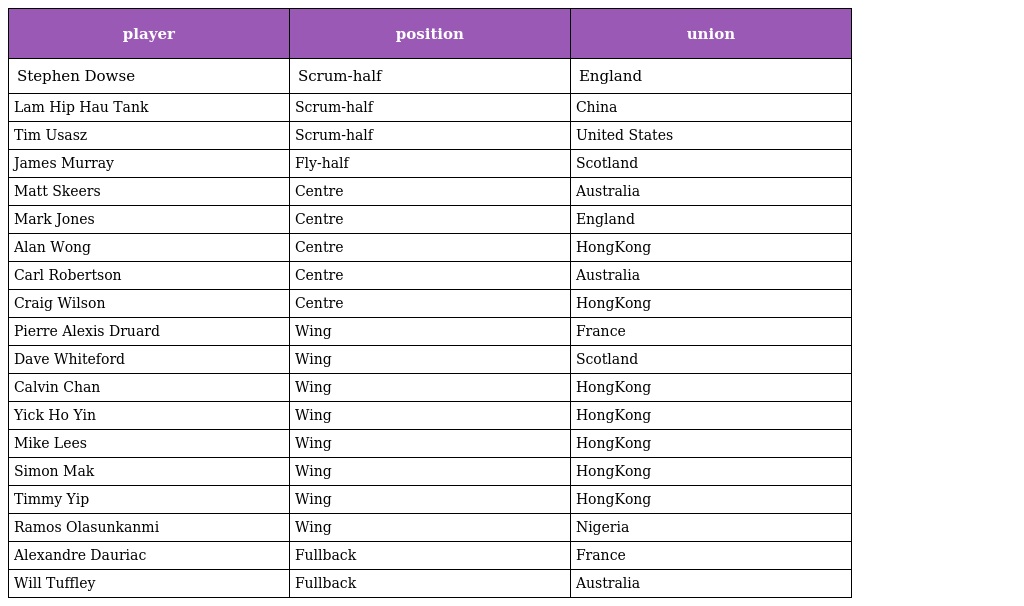
| player | position | union |
 | --- | --- | --- |
 | Stephen Dowse | Scrum-half | England |
 | Lam Hip Hau Tank | Scrum-half | China |
 | Tim Usasz | Scrum-half | United States |
 | James Murray | Fly-half | Scotland |
 | Matt Skeers | Centre | Australia |
 | Mark Jones | Centre | England |
 | Alan Wong | Centre | HongKong |
 | Carl Robertson | Centre | Australia |
 | Craig Wilson | Centre | HongKong |
 | Pierre Alexis Druard | Wing | France |
 | Dave Whiteford | Wing | Scotland |
 | Calvin Chan | Wing | HongKong |
 | Yick Ho Yin | Wing | HongKong |
 | Mike Lees | Wing | HongKong |
 | Simon Mak | Wing | HongKong |
 | Timmy Yip | Wing | HongKong |
 | Ramos Olasunkanmi | Wing | Nigeria |
 | Alexandre Dauriac | Fullback | France |
 | Will Tuffley | Fullback | Australia |